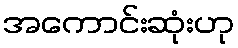
အကောင်းဆုံးဟု